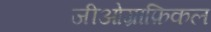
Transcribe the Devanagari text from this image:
जीओग्राफ़िकल